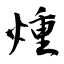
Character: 煄